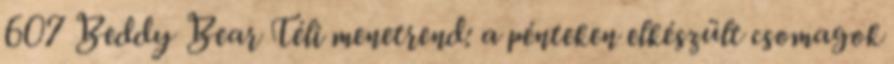
607 Beddy Bear Téli menetrend: a pénteken elkészült csomagok